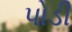
પોડી